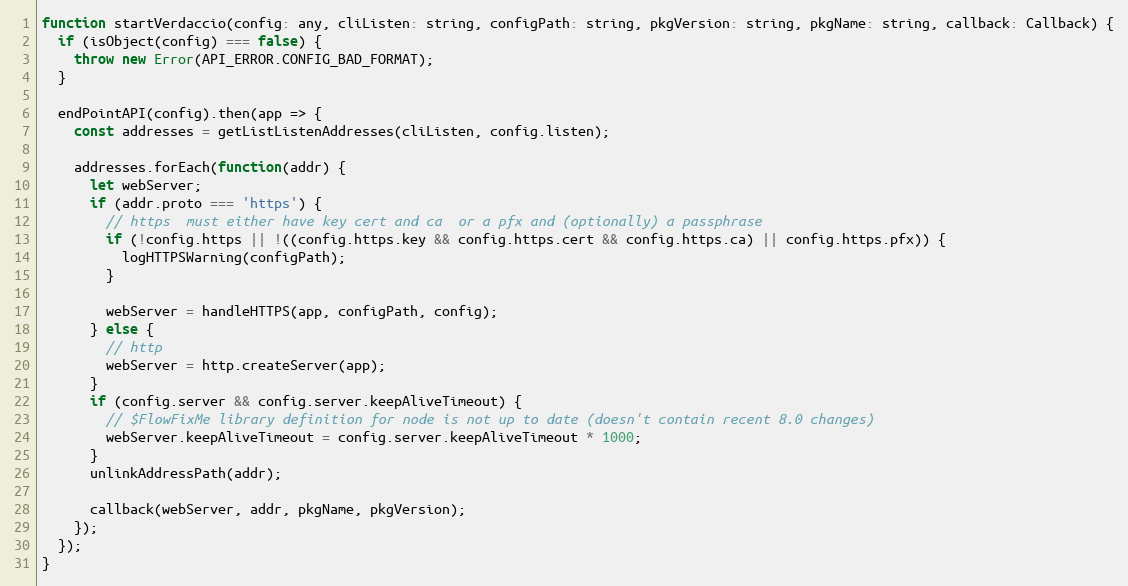
Language: JavaScript
function startVerdaccio(config: any, cliListen: string, configPath: string, pkgVersion: string, pkgName: string, callback: Callback) {
  if (isObject(config) === false) {
    throw new Error(API_ERROR.CONFIG_BAD_FORMAT);
  }

  endPointAPI(config).then(app => {
    const addresses = getListListenAddresses(cliListen, config.listen);

    addresses.forEach(function(addr) {
      let webServer;
      if (addr.proto === 'https') {
        // https  must either have key cert and ca  or a pfx and (optionally) a passphrase
        if (!config.https || !((config.https.key && config.https.cert && config.https.ca) || config.https.pfx)) {
          logHTTPSWarning(configPath);
        }

        webServer = handleHTTPS(app, configPath, config);
      } else {
        // http
        webServer = http.createServer(app);
      }
      if (config.server && config.server.keepAliveTimeout) {
        // $FlowFixMe library definition for node is not up to date (doesn't contain recent 8.0 changes)
        webServer.keepAliveTimeout = config.server.keepAliveTimeout * 1000;
      }
      unlinkAddressPath(addr);

      callback(webServer, addr, pkgName, pkgVersion);
    });
  });
}